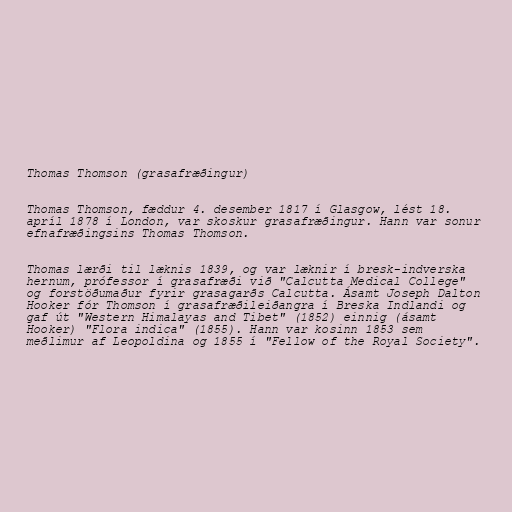
Thomas Thomson (grasafræðingur)

Thomas Thomson, fæddur 4. desember 1817 í Glasgow, lést 18.
apríl 1878 í London, var skoskur grasafræðingur. Hann var sonur
efnafræðingsins Thomas Thomson.

Thomas lærði til læknis 1839, og var læknir í bresk-indverska
hernum, prófessor í grasafræði við "Calcutta Medical College"
og forstöðumaður fyrir grasagarðs Calcutta. Ásamt Joseph Dalton
Hooker fór Thomson í grasafræðileiðangra í Breska Indlandi og
gaf út "Western Himalayas and Tibet" (1852) einnig (ásamt
Hooker) "Flora indica" (1855). Hann var kosinn 1853 sem
meðlimur af Leopoldina og 1855 í "Fellow of the Royal Society".